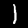
Label: 1